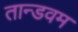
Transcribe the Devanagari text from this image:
तान्डवम